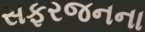
સફરજનના